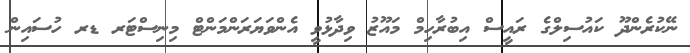
ނޭކުރެންދޫ ކައުސިލްގެ ރައީސް އިބުރާހިމް މައޫޒު ވިދާޅުވީ އެންވަޔަރަންމަންޓް މިނިސްޓަރ ޑރ ހުސައިން